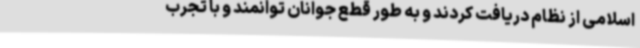
اسلامی از نظام دریافت کردند و به طور قطع جوانان توانمند و با تجرب